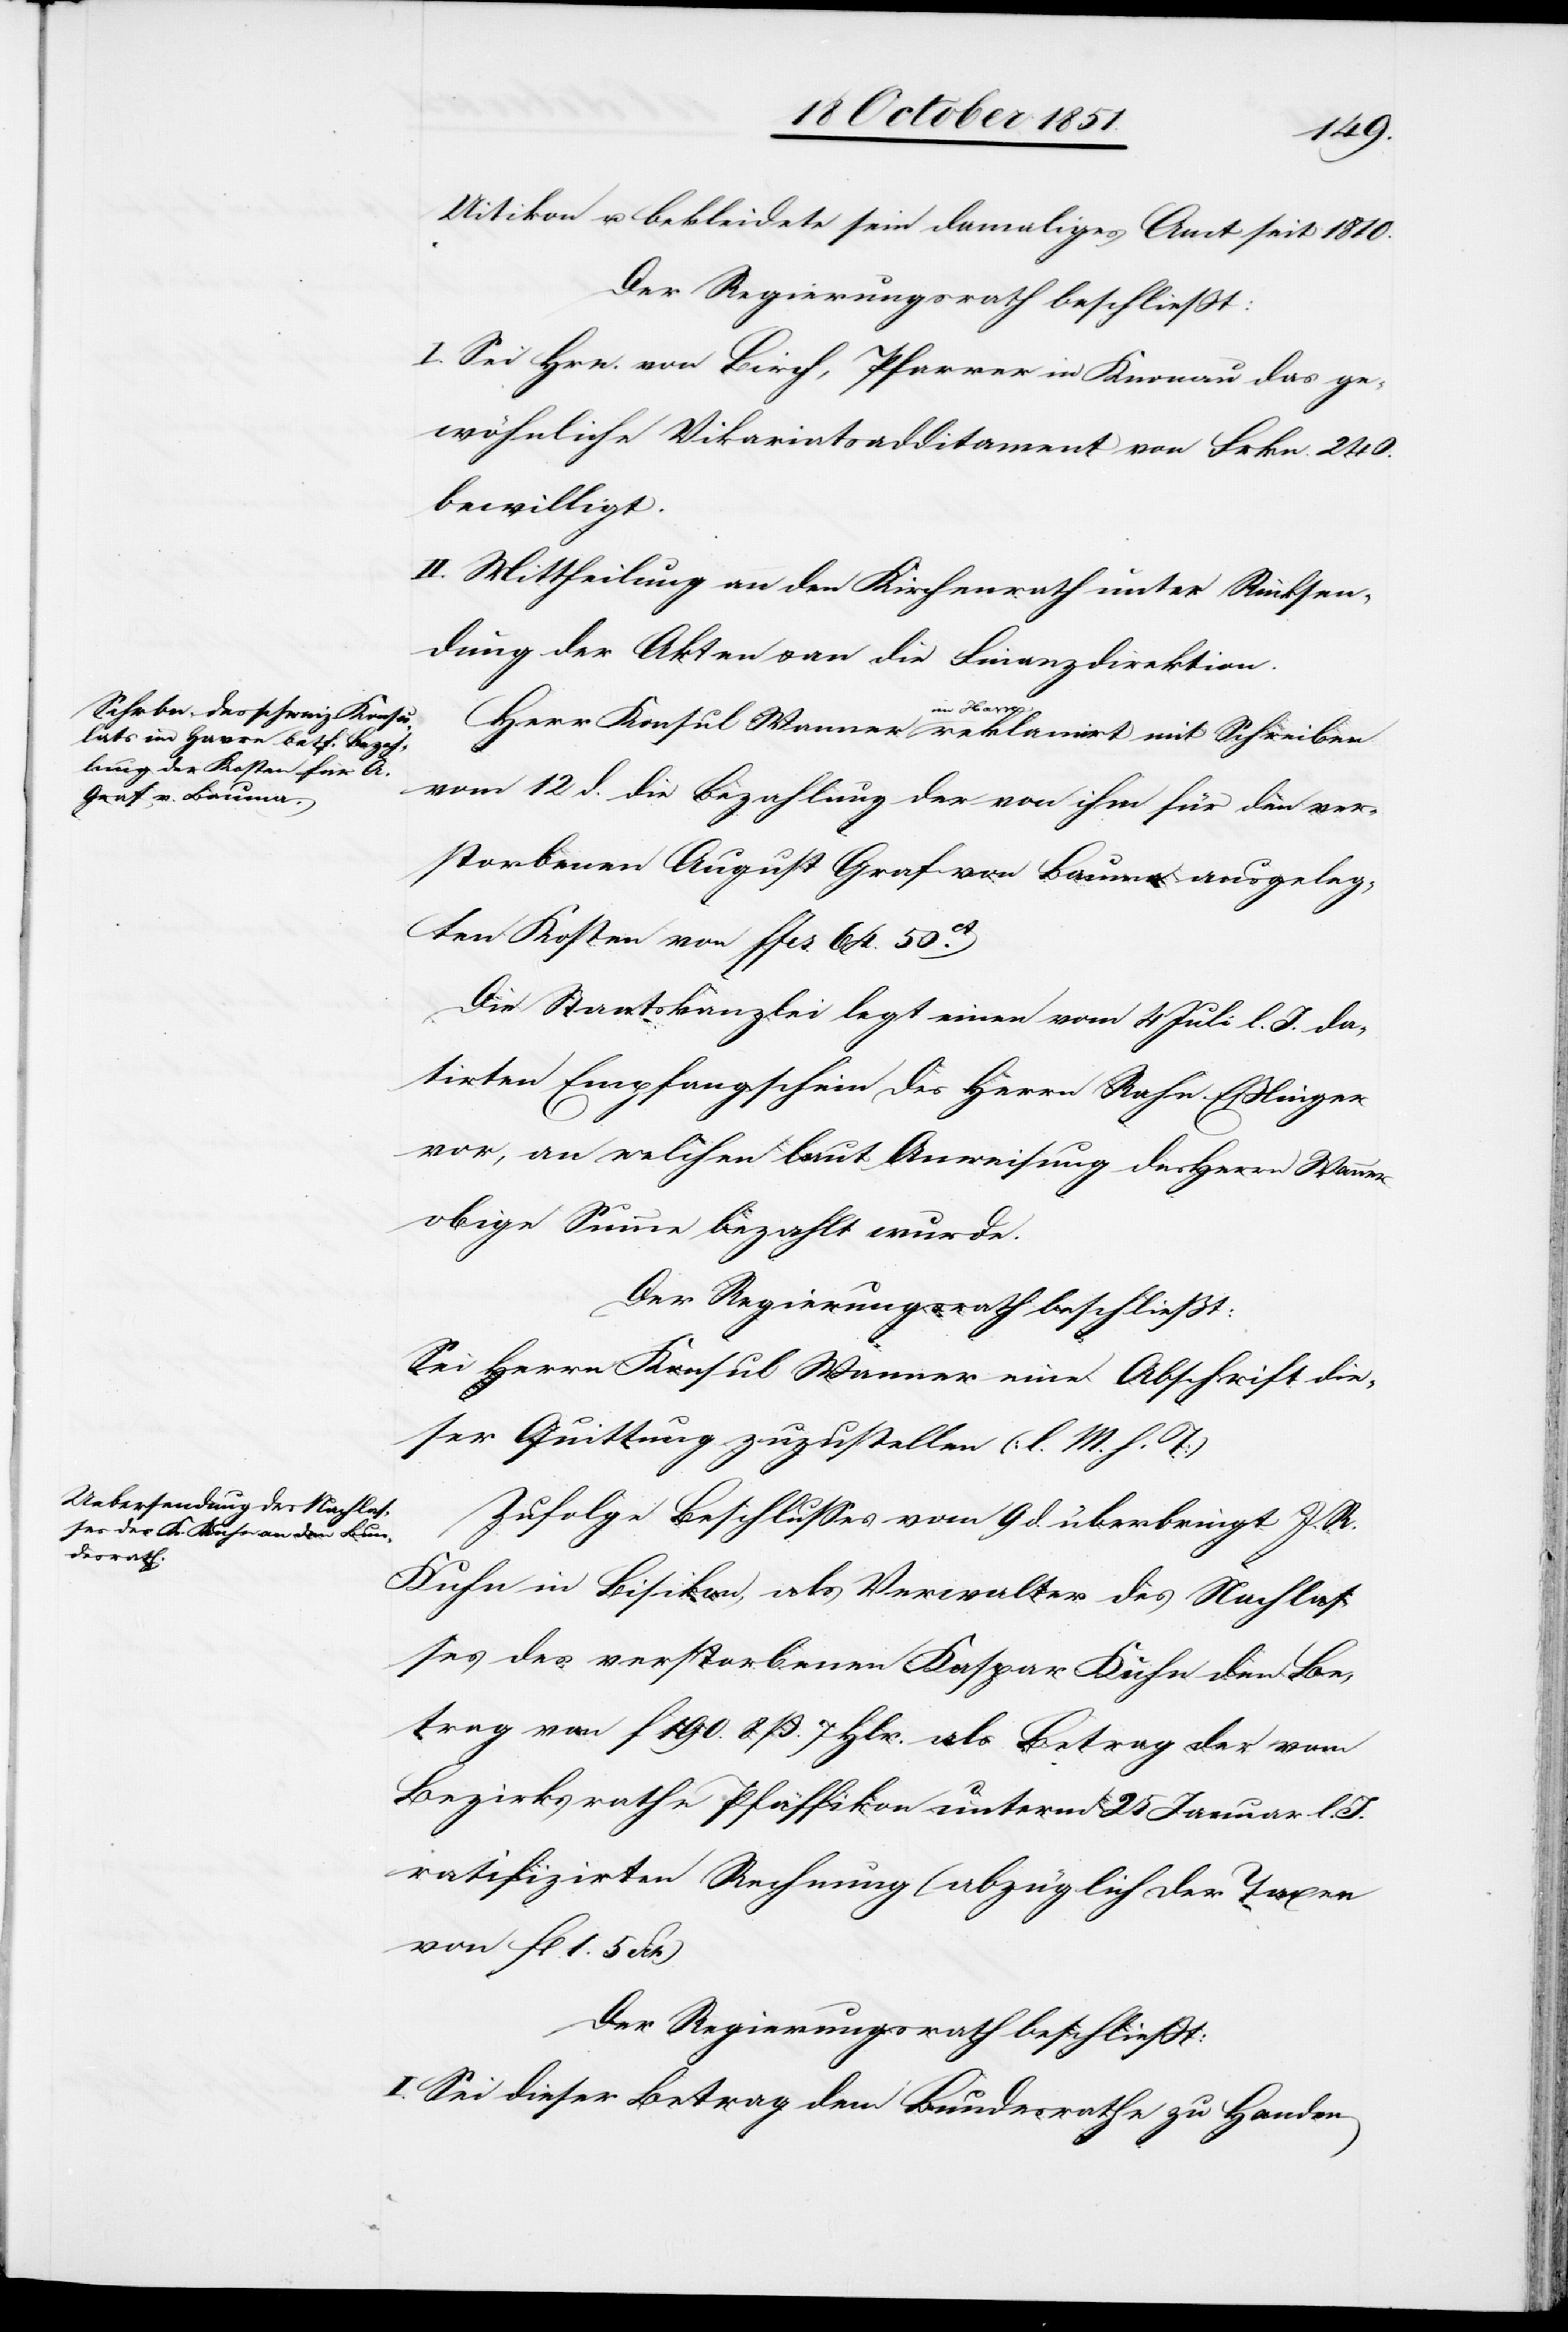
Uitikon u. bekleidete sein damaliges Amt seit 1810.
Der Regierungsrath beschließt:
I. Sei Hrn. von Birch, Pfarrer in Knonau das ge¬
wöhnliche Vikariatsadditament von Frkn. 240.
bewilligt.
II. Mittheilung an den Kirchenrath unter Rücksen¬
dung der Akten & an die Finanzdirektion.
Herr Konsul Wanner im Havre reklamirt mit Schreiben
vom 12 d. die Bezahlung der von ihm für den ver¬
storbenen August Graf von Bauma ausgeleg¬
ten Kosten von ffcs. 64. 50ct.
Die Staatskanzlei legt einen vom 4 Juli l. J. da¬
tirten Empfangschein des Herrn Rahn-Eßlinger
vor, an welchen laut Anweisung des Herrn Wanner
obige Summe bezahlt wurde.
Der Regierungsrath beschließt:
Sei Herrn Konsul Wanner eine Abschrift die¬
ser Quittung zuzustellen (l. M. h. T)[.]
Zufolge Beschlusses vom 9 d. überbringt J. R.
Kuhn in Bisikon, als Verwalter des Nachlas¬
ses des verstorbenen Kaspar Kuhn den Be¬
trag von f 190. 8 ß. 7 Hlr. als Betrag der vom
Bezirksrathe Pfäffikon unterm 25 Januar l.
ratifizirten Rechnung (abzüglich der Taxen
von fl. 1. 5
Der Regierungsrath beschließt:
I. Sei dieser Betrag dem Bundesrathe zu Handen